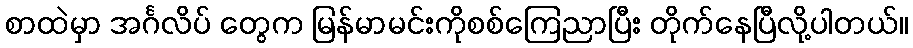
စာထဲမှာ အင်္ဂလိပ် တွေက မြန်မာမင်းကိုစစ်ကြေညာပြီး တိုက်နေပြီလို့ပါတယ်။